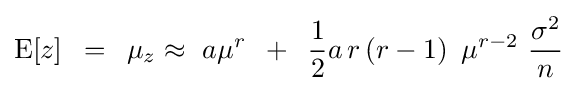
{\rm {E}}[z]\,\,\,=\,\,\,\mu _{z}\approx \,\,a\mu ^{r}\,\,\,+\,\,\,{1 \over 2}a\,r\left({r-1}\right)\,\,\mu ^{r-2}\,\,{{\sigma ^{2}} \over n}